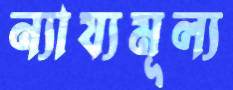
ন্যায্যমূল্য